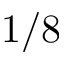
1 / 8